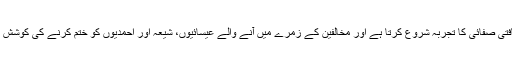
لہٰذا یہ ثقافتی صفائی کا تجربہ شروع کرتا ہے اور مخالفین کے زمرے میں آنے والے عیسائیوں، شیعہ اور احمدیوں کو ختم کرنے کی کوشش کرتا ہے۔